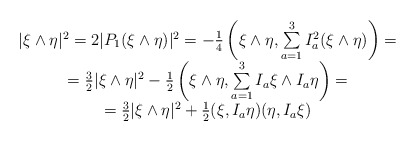
\begin{align*}\begin{array}{c}|\xi\wedge\eta|^2=2|P_1(\xi\wedge\eta)|^2=-{1\over 4}\left(\xi\wedge\eta, \sum\limits_{a=1}^3 I_a^2 (\xi\wedge\eta)\right)=\\={3\over 2}|\xi\wedge\eta|^2-{1\over 2}\left(\xi\wedge\eta,\sum\limits_{a=1}^3 I_a\xi\wedge I_a\eta\right)=\\={3\over 2} |\xi\wedge\eta|^2+{1\over 2}(\xi,I_a\eta)(\eta,I_a\xi)\end{array}\end{align*}